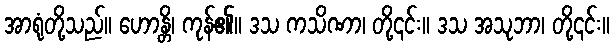
အာရုံတို့သည်။ ဟောန္တိ၊ ကုန်၏။ ဒသ ကသိဏာ၊ တို့၎င်း။ ဒသ အသုဘာ၊ တို့၎င်း။